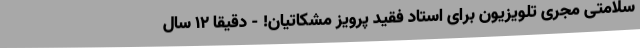
سلامتی مجری تلویزیون برای استاد فقید پرویز مشکاتیان! - دقیقا 12 سال